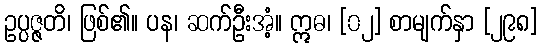
ဥပ္ပဇ္ဇတိ၊ ဖြစ်၏။ ပန၊ ဆက်ဦးအံ့။ ဣဓ၊ [၀၂] စာမျက်နှာ [၂၉၈]